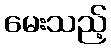
မေးသည့်